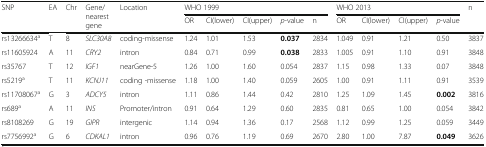
<table><thead><tr><td rowspan="2"><b>SNP</b></td><td rowspan="2"><b>EA</b></td><td rowspan="2"><b>Chr</b></td><td rowspan="2"><b>Gene/nearest gene</b></td><td rowspan="2"><b>Location</b></td><td colspan="5"><b>WHO 1999</b></td><td colspan="4"><b>WHO 2013</b></td><td rowspan="2"><b>n</b></td></tr><tr><td><b>OR</b></td><td><b>CI(lower)</b></td><td><b>CI(upper)</b></td><td><b><i>p</i>-value</b></td><td><b>n</b></td><td><b>OR</b></td><td><b>CI(lower)</b></td><td><b>CI(upper)</b></td><td><b><i>p</i>-value</b></td></tr></thead><tbody><tr><td>rs13266634<sup>a</sup></td><td>T</td><td>8</td><td><i>SLC30A8</i></td><td>coding-missense</td><td>1.24</td><td>1.01</td><td>1.53</td><td><b>0.037</b></td><td>2834</td><td>1.049</td><td>0.91</td><td>1.21</td><td>0.50</td><td>3837</td></tr><tr><td>rs11605924</td><td>A</td><td>11</td><td><i>CRY2</i></td><td>intron</td><td>0.84</td><td>0.71</td><td>0.99</td><td><b>0.038</b></td><td>2833</td><td>1.005</td><td>0.91</td><td>1.10</td><td>0.91</td><td>3848</td></tr><tr><td>rs35767</td><td>T</td><td>12</td><td><i>IGF1</i></td><td>nearGene-5</td><td>1.26</td><td>1.00</td><td>1.60</td><td>0.054</td><td>2837</td><td>1.15</td><td>0.98</td><td>1.33</td><td>0.07</td><td>3848</td></tr><tr><td>rs5219<sup>a</sup></td><td>T</td><td>11</td><td><i>KCNJ11</i></td><td>coding -missense</td><td>1.18</td><td>1.00</td><td>1.40</td><td>0.059</td><td>2605</td><td>1.00</td><td>0.91</td><td>1.11</td><td>0.91</td><td>3539</td></tr><tr><td>rs11708067<sup>a</sup></td><td>G</td><td>3</td><td><i>ADCY5</i></td><td>intron</td><td>1.11</td><td>0.86</td><td>1.44</td><td>0.42</td><td>2810</td><td>1.25</td><td>1.09</td><td>1.45</td><td><b>0.002</b></td><td>3816</td></tr><tr><td>rs689<sup>a</sup></td><td>A</td><td>11</td><td><i>INS</i></td><td>Promoter/intron</td><td>0.91</td><td>0.64</td><td>1.29</td><td>0.60</td><td>2835</td><td>0.81</td><td>0.65</td><td>1.00</td><td>0.054</td><td>3842</td></tr><tr><td>rs8108269</td><td>G</td><td>19</td><td><i>GIPR</i></td><td>intergenic</td><td>1.14</td><td>0.94</td><td>1.36</td><td>0.17</td><td>2568</td><td>1.12</td><td>0.99</td><td>1.25</td><td>0.059</td><td>3449</td></tr><tr><td>rs7756992<sup>a</sup></td><td>G</td><td>6</td><td><i>CDKAL1</i></td><td>intron</td><td>0.96</td><td>0.76</td><td>1.19</td><td>0.69</td><td>2670</td><td>2.80</td><td>1.00</td><td>7.87</td><td><b>0.049</b></td><td>3626</td></tr></tbody></table>